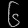
Digit: ၆